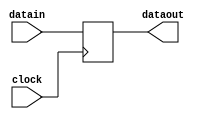
module CLKinstr(
	input wire [31:0] datain,
	input wire clock,
	output reg [31:0] dataout);
	
	always @(posedge clock) begin
		dataout = datain;			
	end

endmodule